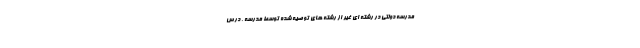
مدرسه دولتی در رشته ای غیر از رشته های توصیه شده توسط مدرسه ، درس